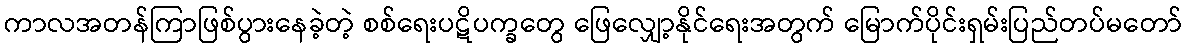
ကာလအတန်ကြာဖြစ်ပွားနေခဲ့တဲ့ စစ်ရေးပဋိပက္ခတွေ ဖြေလျှော့နိုင်ရေးအတွက် မြောက်ပိုင်းရှမ်းပြည်တပ်မတော်